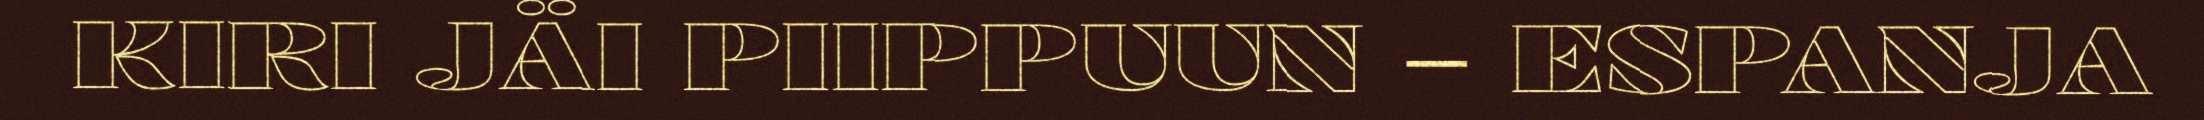
KIRI JÄI PIIPPUUN – ESPANJA